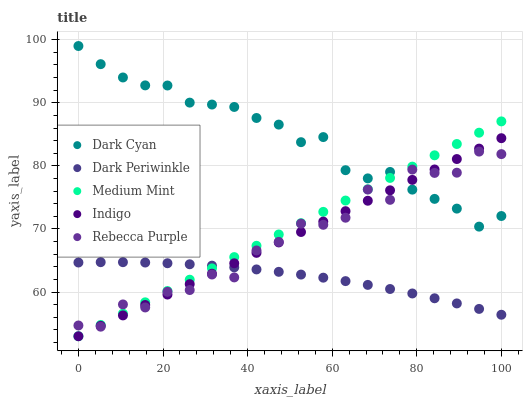
| xaxis_label | Dark Cyan | Dark Periwinkle | Medium Mint | Indigo | Rebecca Purple |
 | --- | --- | --- | --- | --- | --- |
 | 0 | 99 | 64.7 | 53 | 53 | 54.7 |
 | 5.26 | 96.1 | 64.7 | 54.8 | 54.7 | 54.5 |
 | 10.5 | 94 | 64.7 | 56.6 | 56.3 | 58 |
 | 15.8 | 92.8 | 64.7 | 58.4 | 58 | 57.6 |
 | 21.1 | 92.7 | 64.6 | 60.2 | 59.6 | 60 |
 | 26.3 | 90 | 64.4 | 62 | 61.3 | 60.3 |
 | 31.6 | 89.7 | 64.2 | 63.8 | 62.9 | 62.8 |
 | 36.8 | 89.3 | 63.9 | 65.5 | 64.6 | 62.3 |
 | 42.1 | 87.6 | 63.6 | 67.3 | 66.2 | 66.6 |
 | 47.4 | 86.5 | 63.2 | 69.1 | 67.9 | 68 |
 | 52.6 | 83.8 | 62.8 | 70.9 | 69.5 | 70.9 |
 | 57.9 | 84.6 | 62.3 | 72.7 | 71.2 | 70.7 |
 | 63.2 | 79.3 | 61.7 | 74.5 | 72.8 | 71.8 |
 | 68.4 | 78 | 61.1 | 76.3 | 74.5 | 76.3 |
 | 73.7 | 79 | 60.5 | 78.1 | 76.1 | 74.6 |
 | 78.9 | 76.2 | 59.8 | 79.9 | 77.8 | 79.4 |
 | 84.2 | 74.8 | 59 | 81.7 | 79.4 | 78.9 |
 | 89.5 | 73.2 | 58.2 | 83.5 | 81.1 | 78.9 |
 | 94.7 | 70.4 | 57.3 | 85.3 | 82.7 | 82.3 |
 | 100 | 72.1 | 56.4 | 87.1 | 84.4 | 81.9 |